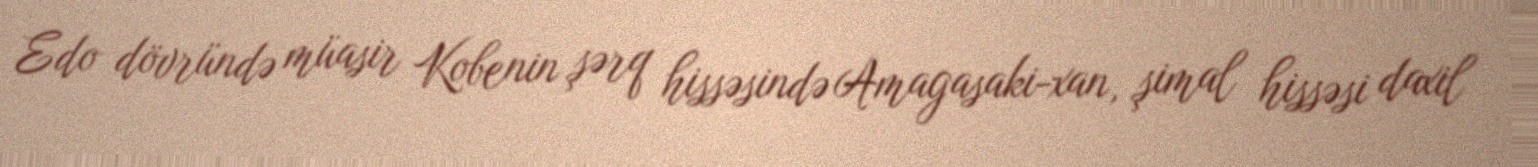
Edo dövründə müasir Kobenin şərq hissəsində Amagasaki-xan, şimal hissəsi daxil